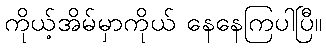
ကိုယ့်အိမ်မှာကိုယ် နေနေကြပါပြီ။